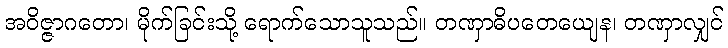
အဝိဇ္ဇာဂတော၊ မိုက်ခြင်းသို့ ရောက်သောသူသည်။ တဏှာဓိပတေယျေန၊ တဏှာလျှင်